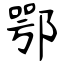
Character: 鄂